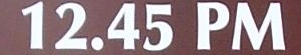
12.45 PM